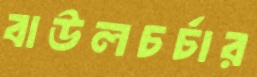
বাউলচর্চার